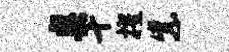
奥十擢紫